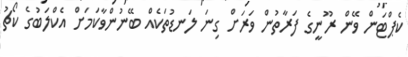
ކެޕްޓަން ވޭން ރޫނީގެ ފަރާތުން ވަރަށް ގިނަ ލަނޑުތަކެއް ބޭނުންވާކަމަށް އެކްލަބުގެ ކޯޗު